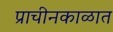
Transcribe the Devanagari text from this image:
प्राचीनकाळात